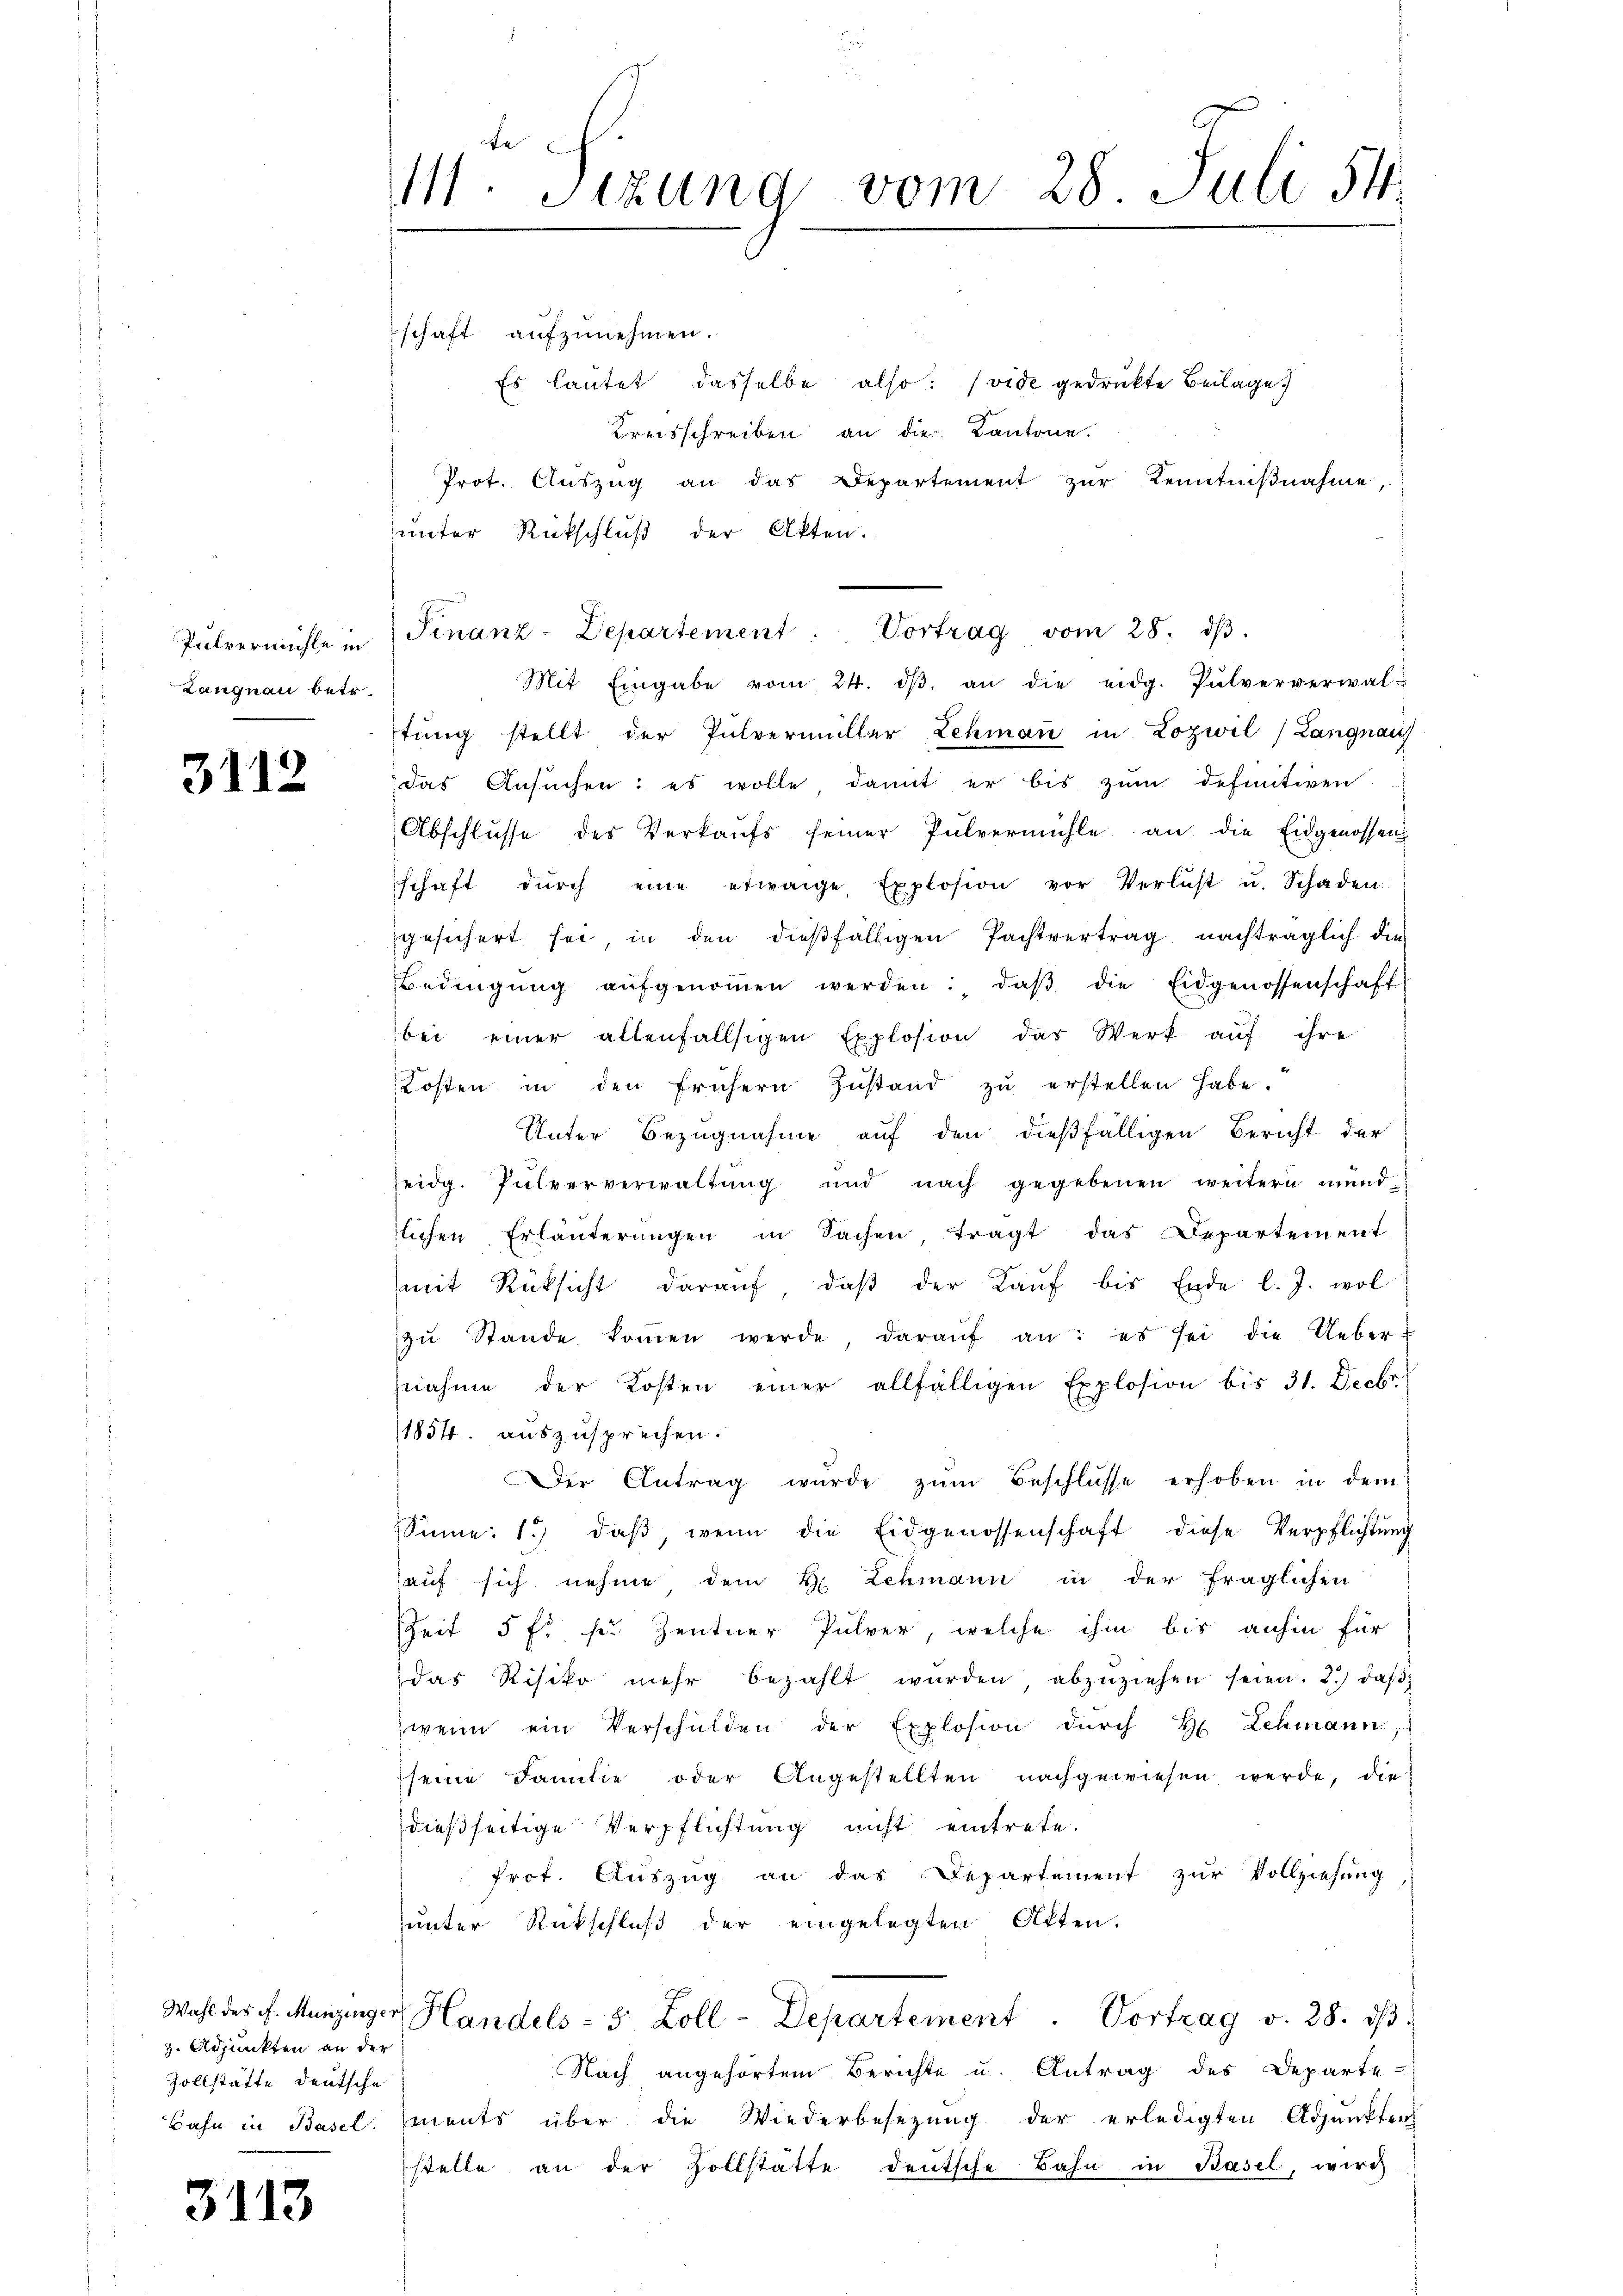
.
:
1
Pulvermühle in
Langnau betr.
.

3112

3. Adjunkten an der
Zollstätte deutsche

3113

te
M. Sizung vom 28 Juli 54

schaft aŭfzŭnehmen.
Es lautet dasselbe also: (vide gedruckte Beilage
Kreisschreiben an die Kantone.
Prot. Auszug an das Departement zur Kenntnißnahme,
unter Rückschluß der Akten.
Finanz-Departement: Vortrag vom 28. dβ.
Mit Eingabe vom 24. dβ an die eidg. Pulververwal-
tŭng stellt der Pulvermüller Lehmaṅ in Loziwil (Langnau
das Ansŭchen: es wolle, damit er bis zŭm definitiven
Abschlusse des Verkaŭfs seiner Pulvermühle an die Eidgenossen
schaft dŭrch eine etwaige Explosion vor Verlust u. Schaden
gesichert sei, in den diesfälligen Pachtvertrag nachträglich die
Bedingŭng aŭfgenoṁen werden: daβ die Eidgenossenschaft
bei einer allenfallsigen Explosion das Werk aŭf ihre
Kosten in den frühern Zŭstand zŭ erstellen habe.
Unter Bezugnahme auf den dießfälligen Bericht der
eidg. Pulververwaltung und nach gegebenen weitern mund
slichen Erläuterungen in Sachen tragt das Departement
mit Rüksicht darauf, daβ der Kaŭf bis Ende l. J. wol
zŭ Stande koṁen werde daraŭf an: es sei die Uebernahme der Kosten einer allfälligen Explosion bis 31. Decbr.
1834. auszusprechen.
Der Antrag wurde zŭm Beschlüsse erhoben in dem
Sinne: 1. daβ, wenn die Eidgenossenschaft diese Verpflichtŭng
auf sich nehme dem H. Schmann in der fraglichen
Zeit 5 f. sr. Zentner Pulver, welche ihm bis anhin für
das Risiko mehr bezahlt würden, abzuziehen seien. 2.) daß
wenn ein Verschulden der Explosion durch H. Lehmann,
seine Familie oder Angestellten nachgewiesen werde, die
dießseitige Verpflichtung nicht eintrete.
frot. Auszug an das Departement zur Vollziehung
unter Rückschluß der eingelegten Alten.
Wahl der f. Munzinger Handels- 5 Zoll-Departement. Vortrag v. 28. dβ.
Nach angehörtem Berichte u. Antrag des Departe-
Bahn in Basel. ements über die Wiederbesezung der erledigten Adjunkten
stelle an der Zollstatte deutsche Bahn in Basel, wird